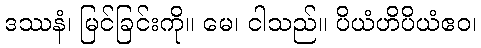
ဒဿနံ၊ မြင်ခြင်းကို။ မေ၊ ငါသည်။ ပိယံဟိပိယံဧဝ၊